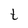
Character: t